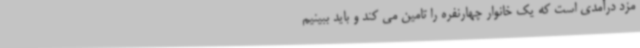
مزد درآمدی است که یک خانوار چهارنفره را تامین می کند و باید ببینیم